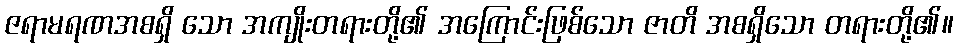
ဇရာမရဏအစရှိ သော အကျိုးတရားတို့၏ အကြောင်းဖြစ်သော ဇာတိ အစရှိသော တရားတို့၏။